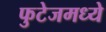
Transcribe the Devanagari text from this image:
फुटेजमध्ये